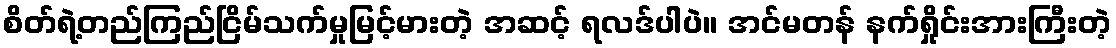
စိတ်ရဲ့တည်ကြည်ငြိမ်သက်မှုမြင့်မားတဲ့ အဆင့် ရလဒ်ပါပဲ။ အင်မတန် နက်ရှိုင်းအားကြီးတဲ့